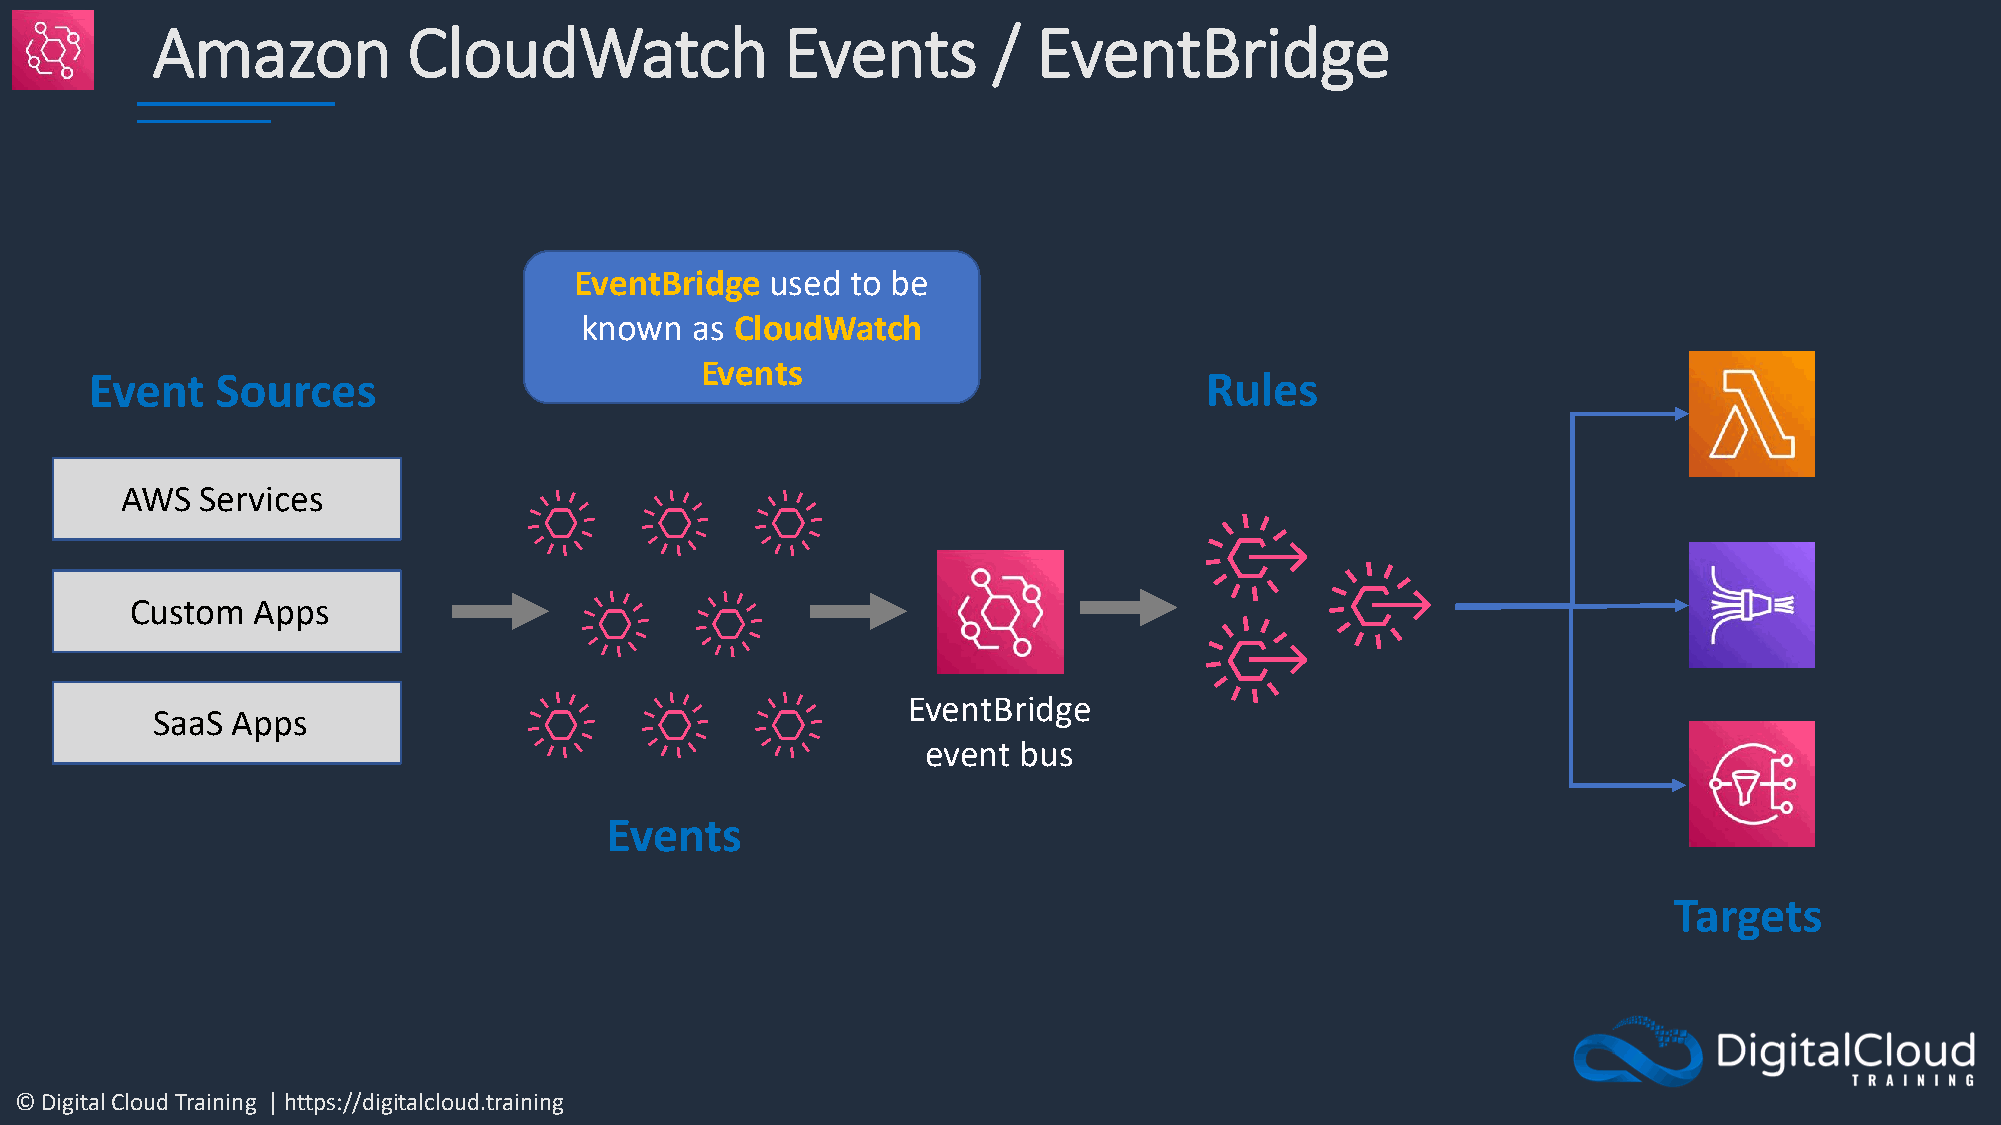
Amazon           CloudWatch               Events        /  EventBridge
 EventBridge  used to be
 known   as CloudWatch
 Events
 Event   Sources                                                           Rules
 AWS  Services
 Custom  Apps
 EventBridge
 SaaS Apps
 event bus
 Events
 Targets
 © Digital Cloud Training | https://digitalcloud.training